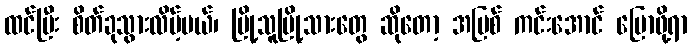
ထင်ပြီး စိတ်ခုသွားလိမ့်မယ်၊ မြို့သူမြို့သားတွေ ဆိုတော့ အပြစ် ကင်းအောင် ပြောဖို့ရာ